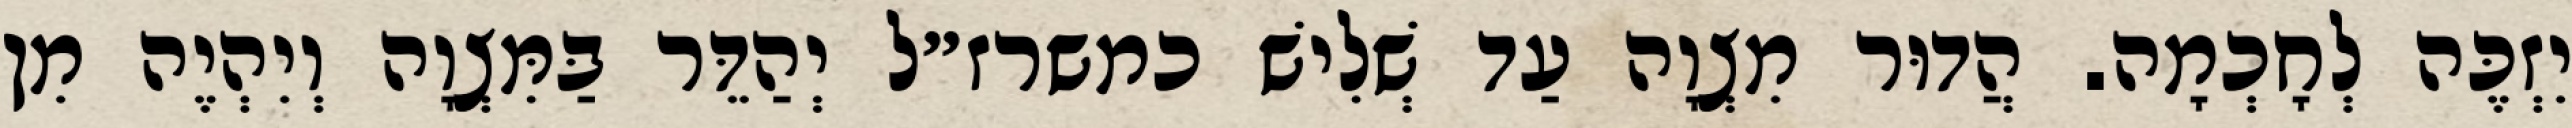
יִזְכֶּה לְחָכְמָה. הֲדוּר מִצְוָה עַד שְׁלִישׁ כמשרז״ל יְהַדֵּר בַּמִּצְוָה וְיִהְיֶה מִן